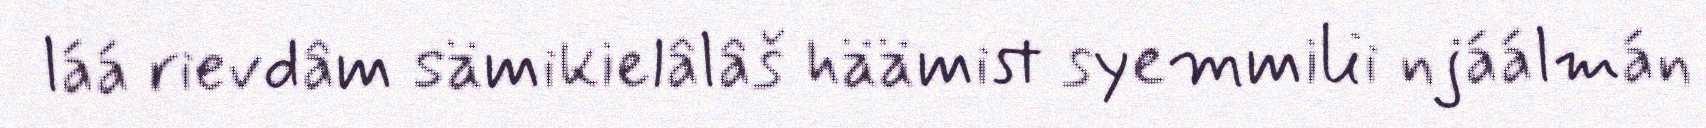
láá rievdâm sämikielâlâš häämist syemmilii njáálmán